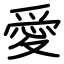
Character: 愛